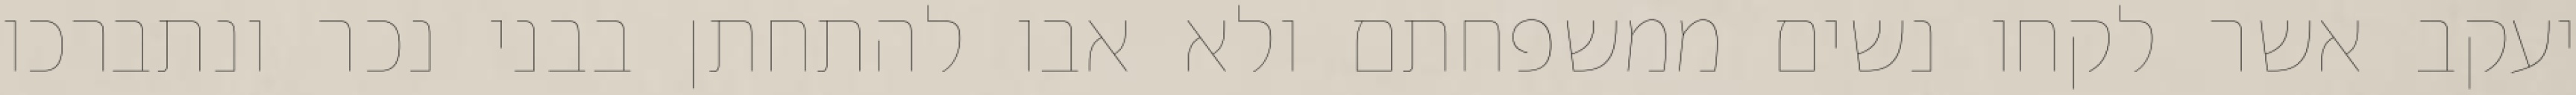
יעקב אשר לקחו נשים ממשפחתם ולא אבו להתחתן בבני נכר ונתברכו